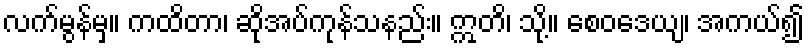
လက်မွန်မှ။ ကထိတာ၊ ဆိုအပ်ကုန်သနည်း။ ဣတိ၊ သို့။ စေဝဒေယျ၊ အကယ်၍